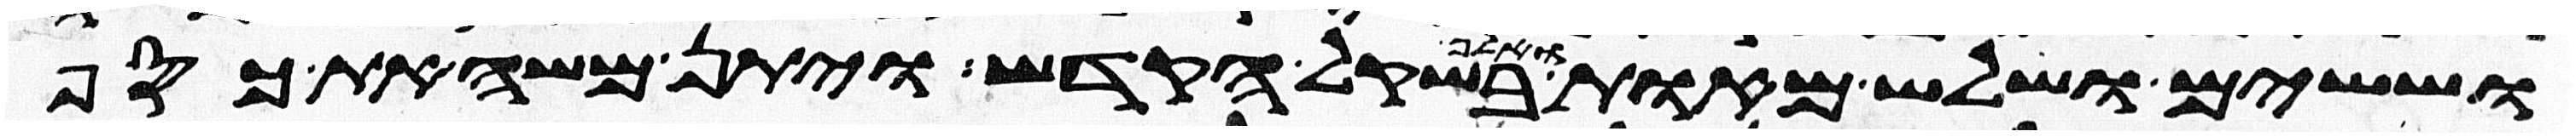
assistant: וששים ושלש מאות ואלף בשקל הקדש ויתן משה את כסף